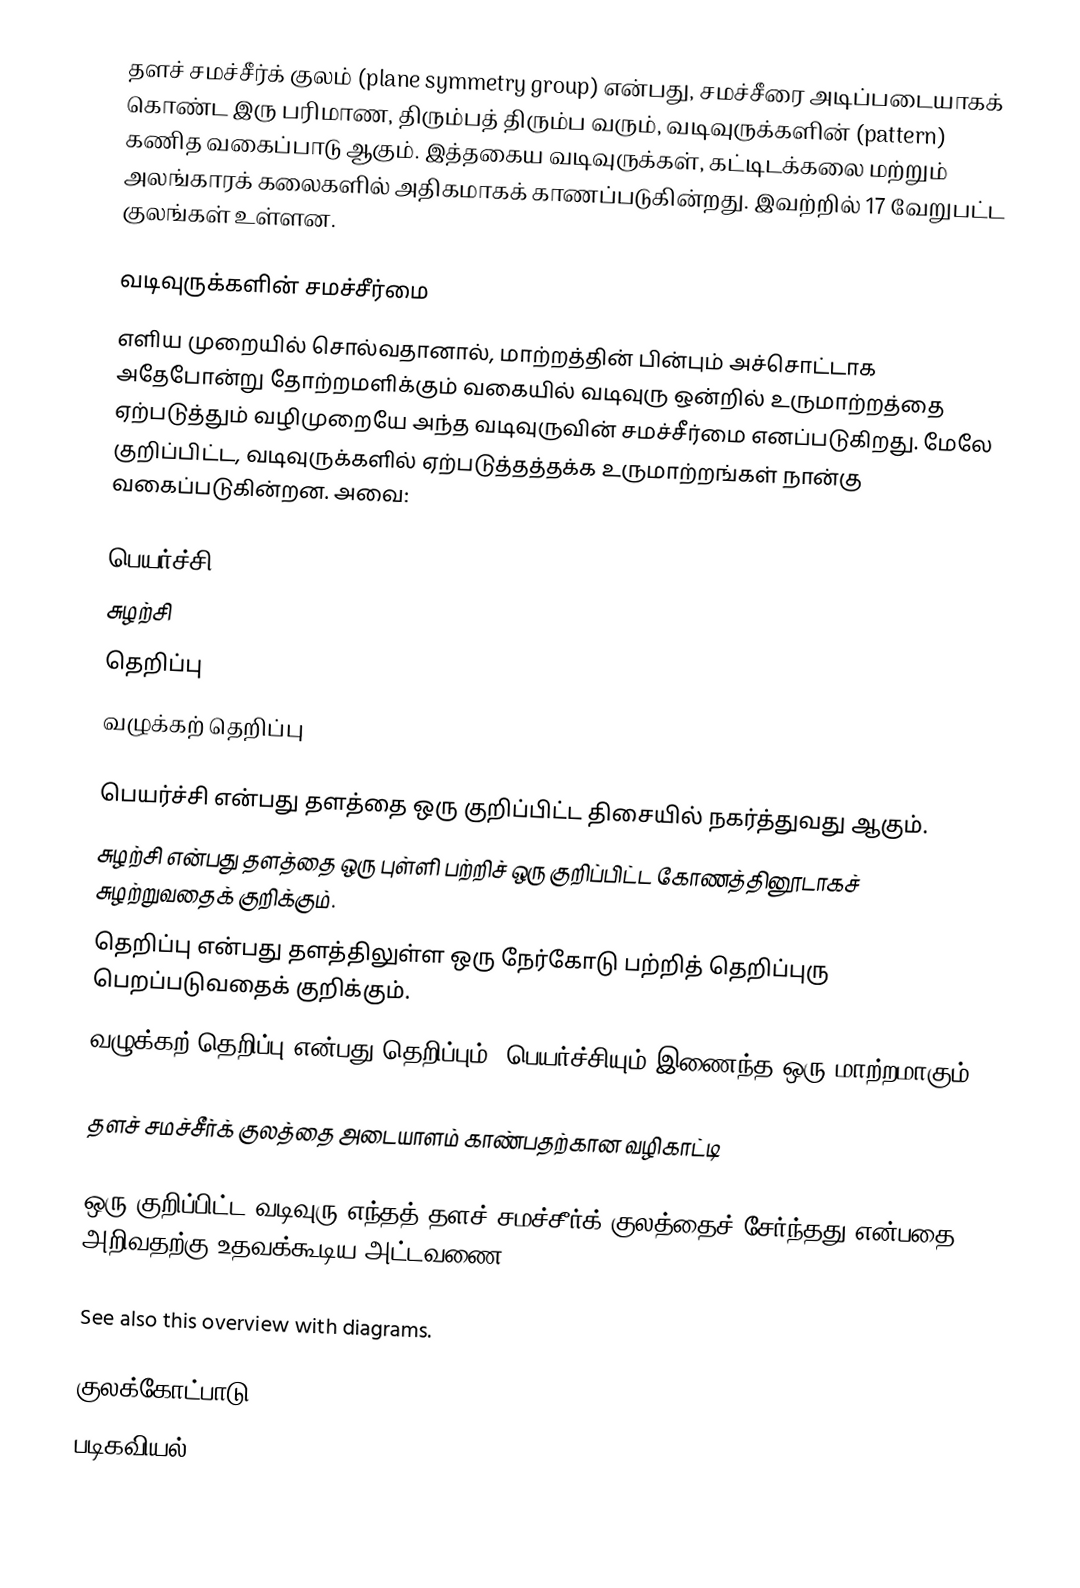
தளச் சமச்சீர்க் குலம் (plane symmetry group) என்பது, சமச்சீரை அடிப்படையாகக் கொண்ட இரு பரிமாண, திரும்பத் திரும்ப வரும், வடிவுருக்களின் (pattern) கணித வகைப்பாடு ஆகும். இத்தகைய வடிவுருக்கள், கட்டிடக்கலை மற்றும் அலங்காரக் கலைகளில் அதிகமாகக் காணப்படுகின்றது. இவற்றில் 17 வேறுபட்ட குலங்கள் உள்ளன.

வடிவுருக்களின் சமச்சீர்மை
எளிய முறையில் சொல்வதானால், மாற்றத்தின் பின்பும் அச்சொட்டாக அதேபோன்று தோற்றமளிக்கும் வகையில் வடிவுரு ஒன்றில் உருமாற்றத்தை ஏற்படுத்தும் வழிமுறையே அந்த வடிவுருவின் சமச்சீர்மை எனப்படுகிறது. மேலே குறிப்பிட்ட, வடிவுருக்களில் ஏற்படுத்தத்தக்க உருமாற்றங்கள் நான்கு வகைப்படுகின்றன. அவை:

 பெயர்ச்சி
 சுழற்சி
 தெறிப்பு
 வழுக்கற் தெறிப்பு

 பெயர்ச்சி என்பது தளத்தை ஒரு குறிப்பிட்ட திசையில் நகர்த்துவது ஆகும்.
 சுழற்சி என்பது தளத்தை ஒரு புள்ளி பற்றிச் ஒரு குறிப்பிட்ட கோணத்தினூடாகச் சுழற்றுவதைக் குறிக்கும்.
 தெறிப்பு என்பது தளத்திலுள்ள ஒரு நேர்கோடு பற்றித் தெறிப்புரு பெறப்படுவதைக் குறிக்கும்.
 வழுக்கற் தெறிப்பு என்பது தெறிப்பும், பெயர்ச்சியும் இணைந்த ஒரு மாற்றமாகும்.

தளச் சமச்சீர்க் குலத்தை அடையாளம் காண்பதற்கான வழிகாட்டி

ஒரு குறிப்பிட்ட வடிவுரு எந்தத் தளச் சமச்சீர்க் குலத்தைச் சேர்ந்தது என்பதை அறிவதற்கு உதவக்கூடிய அட்டவணை.

See also this overview with diagrams.

குலக்கோட்பாடு
படிகவியல்